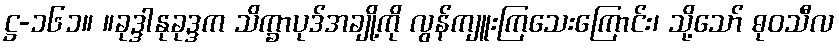
ဋ္ဌ-၁၆၁။ ။ခုဒ္ဒါနုခုဒ္ဒက သိက္ခာပုဒ်အချို့ကို လွန်ကျူးကြသေးကြောင်း၊ သို့သော် ဓုဝသီလ